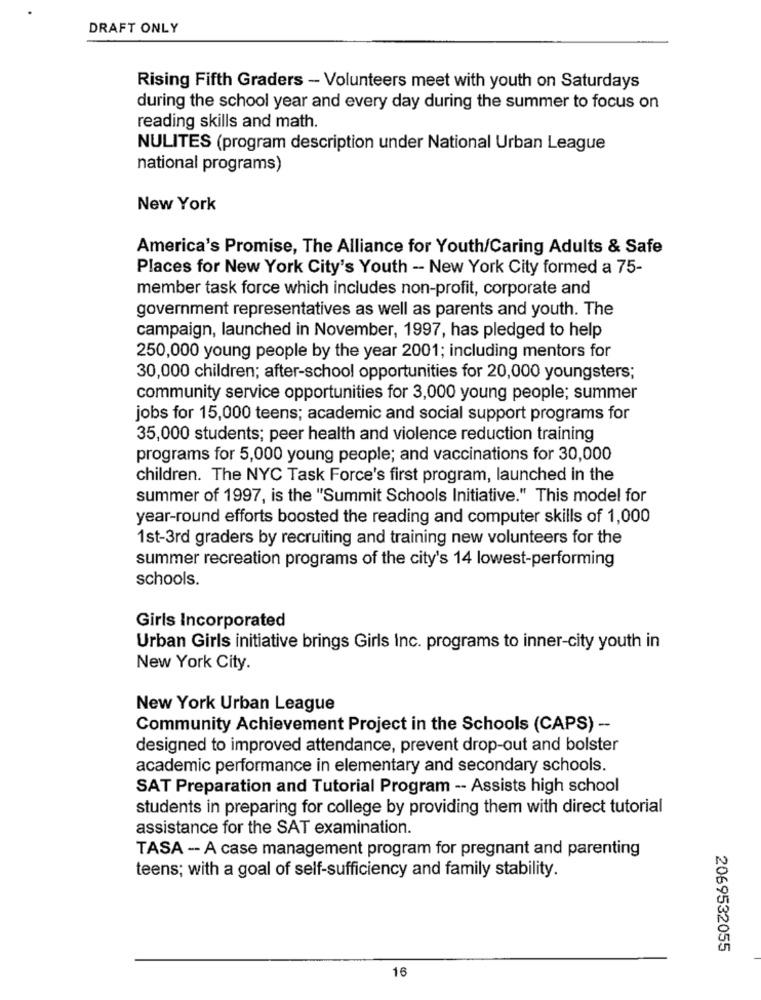
DRAFT ONLY
Rising Fifth Graders - Volunteers meet with youth on Saturdays
during the school year and every day during the summer to focus on
reading skills and math.
NULITES (program description under National Urban League
national programs)
New York
America's Promise, The Alliance for Youth/Caring Adults & Safe
Places for New York City's Youth - New York City formed a 75-
member task force which includes non-profit, corporate and
government representatives as well as parents and youth. The
campaign, launched in November, 1997, has pledged to help
250,000 young people by the year 2001; including mentors for
30,000 children; after-school opportunities for 20,000 youngsters;
community service opportunities for 3,000 young people; summer
jobs for 15,000 teens; academic and social support programs for
35,000 students; peer health and violence reduction training
programs for 5,000 young people; and vaccinations for 30,000
children. The NYC Task Force's first program, launched in the
summer of 1997, is the "Summit Schools Initiative." This model for
year-round efforts boosted the reading and computer skills of 1,000
1st-3rd graders by recruiting and training new volunteers for the
summer recreation programs of the city's 14 lowest-performing
schools.
Girls Incorporated
Urban Girls initiative brings Girls Inc. programs to inner-city youth in
New York City.
New York Urban League
Community Achievement Project in the Schools (CAPS) --
designed to improved attendance, prevent drop-out and bolster
academic performance in elementary and secondary schools.
SAT Preparation and Tutorial Program -- Assists high school
students in preparing for college by providing them with direct tutorial
assistance for the SAT examination.
TASA -- A case management program for pregnant and parenting
teens; with a goal of self-sufficiency and family stability.
2069532055
16